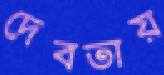
দেবতায়